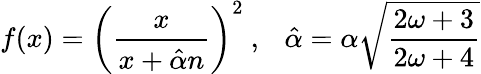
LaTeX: f(x)=\left(\frac{x}{x+\hat{\alpha}n}\right)^{2}\ ,\ \ \ \hat{\alpha}=\alpha\sqrt{\frac{2\omega+3}{2\omega+4}}